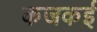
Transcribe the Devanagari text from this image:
कजकई